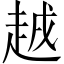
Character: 𧻗